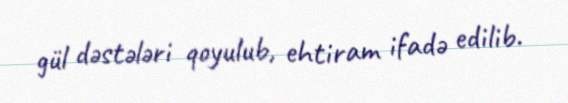
gül dəstələri qoyulub, ehtiram ifadə edilib.